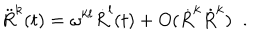
\ddot { R } ^ { k } ( t ) = \omega ^ { k l } \dot { R } ^ { l } ( t ) + O ( \dot { R } ^ { k } \dot { R } ^ { k } ) \; \; .